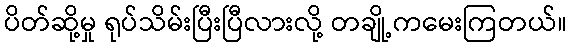
ပိတ်ဆို့မှု ရုပ်သိမ်းပြီးပြီလားလို့ တချို့ကမေးကြတယ်။